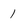
Character: 1